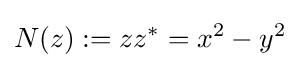
N(z):=zz^{*}=x^{2}-y^{2}